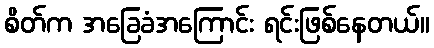
စိတ်က အခြေခံအကြောင်း ရင်းဖြစ်နေတယ်။